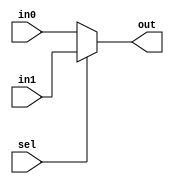
module sel(in0, in1, sel, out);
	input wire sel;
	input wire [7:0] in0, in1;
	output reg [7:0] out;

	always @(in0 or in1 or sel) begin
		if (sel) out = in1;
		else out = in0;
	end
endmodule